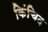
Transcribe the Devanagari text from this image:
किंचिद